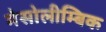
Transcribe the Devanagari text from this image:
मेसोलीम्बिक